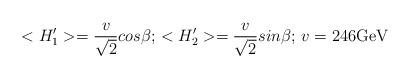
LaTeX: \begin{align*}<H'_1>={v\over {\sqrt 2}}cos\beta;\, <H'_2>={v\over {\sqrt2}}sin\beta;\,v=246{\rm GeV}\end{align*}